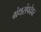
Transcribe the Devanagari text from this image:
ग्रंथसंपदेवर